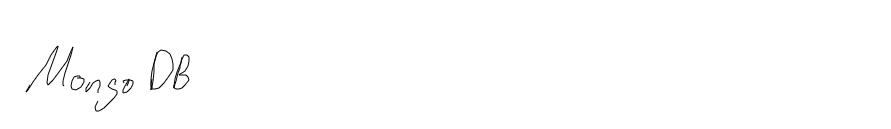
MongoDB